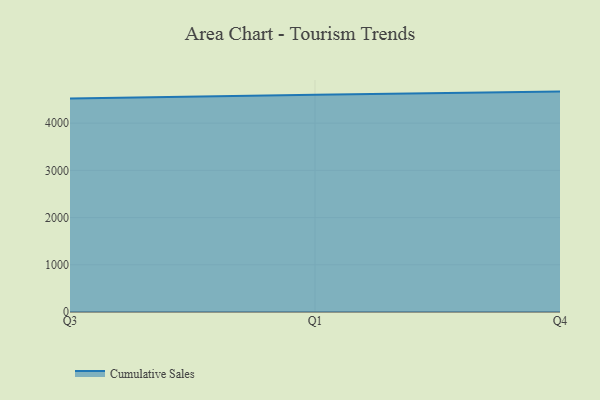
{"axis": {"x": "Quarter", "y": "Shipments"}, "legend": ["Cumulative Sales"], "data": [{"x": "Q3", "y": 4520.1, "type": "Cumulative Sales"}, {"x": "Q1", "y": 4603.0, "type": "Cumulative Sales"}, {"x": "Q4", "y": 4668.4, "type": "Cumulative Sales"}]}